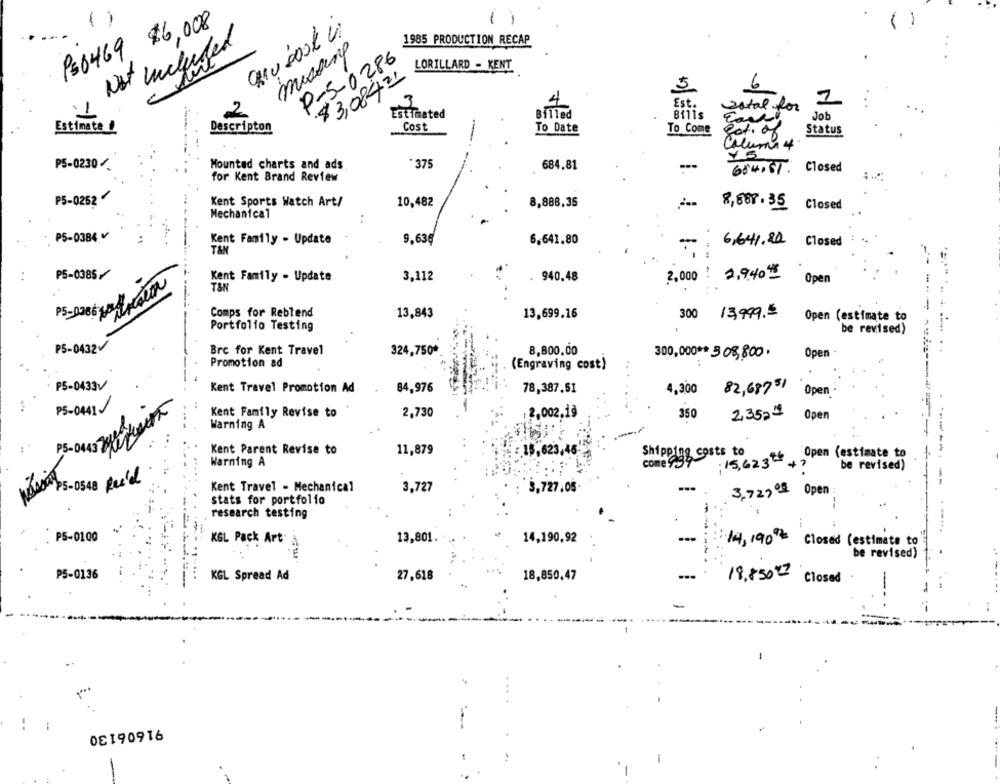
P=6469 $6,008
-
1985 PRODUCTION RECAP
Not included
missing
P-5-0286
LORILLARD - KENT
$3,0842
6
3
4
Est.
1
1
2
sotal for
Estimated
Billed
Bills
Job
Estimate /
Descripton
Cost
To Date
To Come
got. of
Status
---
Column 4
Y5
P5-0230/
Mounted charts and ads
375
684.81
684.61. Closed
for Kent Brand Review
P5-0252
Kent Sports Watch Art/
10,482
8,888,35
8,888.35
Closed
Mechanical
PS-0384
Kent Family - Update
9,63€
6,641.80
6,641.20 Closed
T&N
P5-0385
Kent Family - Update
3,112
940.48
2.000 !
2.9.40 #
Open
P5-0386
Comps for Reblend
13,843
13,699.16
300 13,999.5
Open (estimate to
Portfolio Testing
be revised)
P5-0432
Bre for Kent Travel
324,750*
8,800.00
Open
300,000 ** 308,800.
Promotion ad
(Engraving cost)
P5-0433V
Kent Travel Promotion Ad
84,976
78,387.51
4,300
82,68751
Open
P5-0441
Kent Family Revise to
2,730
:2,002.1ª
350
2,352
Warning A
Open
P5- 0443 248
Kent Parent Revise to
11,879
15,623,46
come egy costs to
Shippf
15,623 ** Open (estimate to
Warning A
be revised)
NOLADO P5-0548 Rec'd
3.727
Kent Travel - Mechanical
3,727.05.
3,7290g Open
stats for portfolio
research testing
P5-0100
KGL Pack Art.
13,801.
14,190,92
14,19002 Closed (estimate to
be revised)
P5-0136
KGL Spread Ad
27,618
18,850,47
18,850 22 Closed
08190916